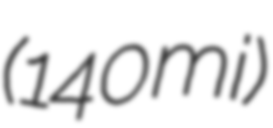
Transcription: (140 mi)